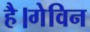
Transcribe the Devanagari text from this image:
है।गेविन